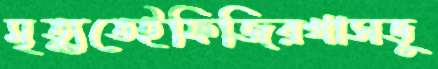
মৃত্যুতেইফিজিরখাসভূ